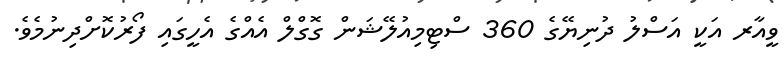
ވީއާރ އަކީ އަސްލު ދުނިޔޭގެ 360 ސްޓިމިއުލޭޝަން ގޮގްލް އެއްގެ އެހީގައި ފޯރުކޮށްދިނުމެވެ.